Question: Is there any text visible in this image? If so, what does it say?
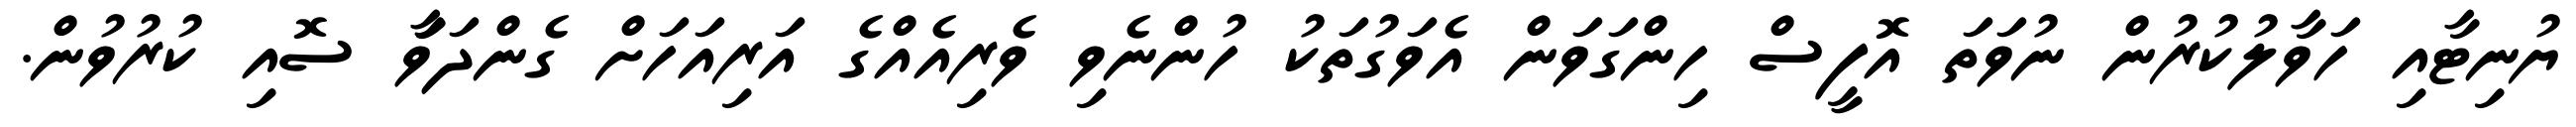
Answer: ޔުނިޓާއި ހަވާލުކުރުން ނުވަތަ އޮފީސް ހިންގަވަން އެވަގުތަކު ހުންނެވި ވެރިއެއްގެ އަރިއަހަށް ގެންދަވަާ ސޮއި ކުރުވުން.